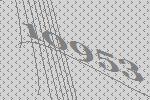
10953